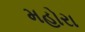
મહોરા